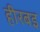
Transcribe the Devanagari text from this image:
हीरबइ